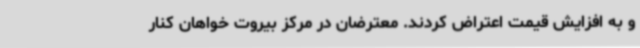
و به افزایش قیمت اعتراض کردند. معترضان در مرکز بیروت خواهان کنار